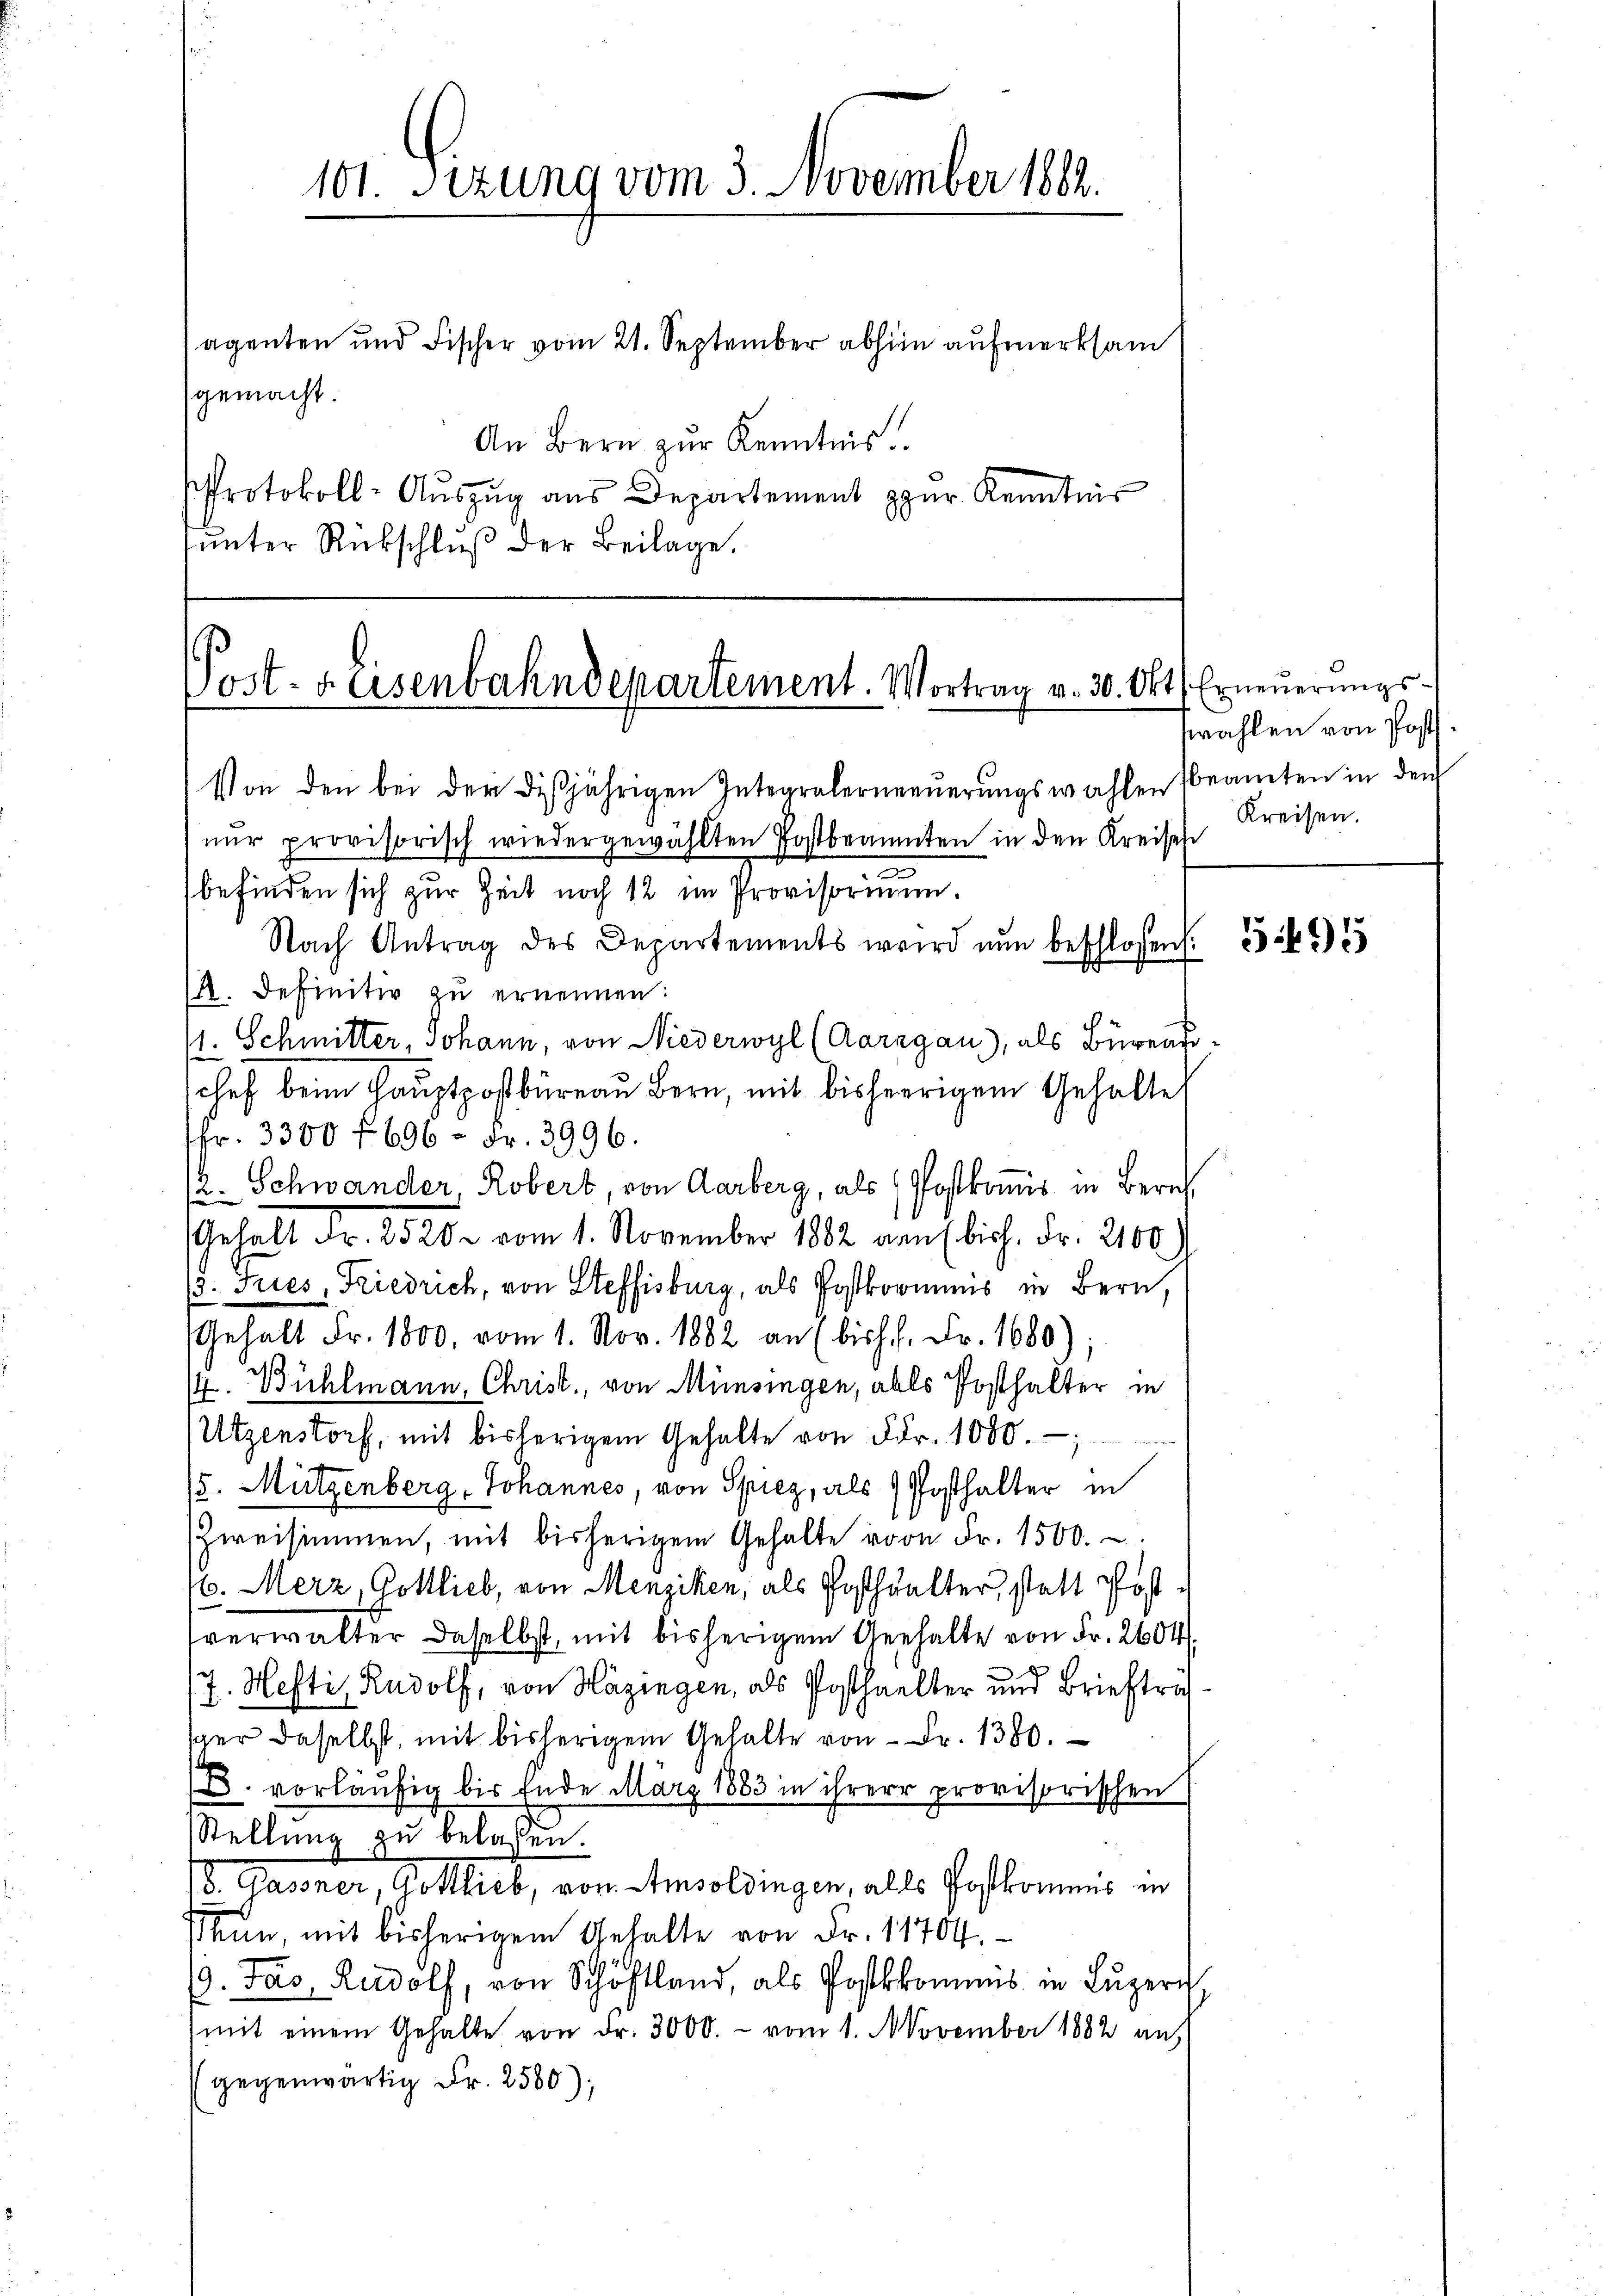
101. Sizung vom 3. November 1802.

agenten und Fischer vom 21. September abhin aufmerksam
gemacht.
An Bern zur Kenntnis.
Protokoll-Auszug aus Departement zur Kenntnis

unter Rückschluß der Beilage,

Post- u. Eisenbahndepartement. Vortrag v. 30. Okt. Erneuerungs¬
Von den bei der disjährigen Integralerneŭerŭngswahlen beamten in den

nŭr provisorisch wiedergewählten Postbrannten in den Kreisen
befinden sich zur Zeit noch 12 im Provisorium.
Nach Antrag des Departements wird nun beschlossens
12. Definitiv zu ernennen:
11. Schmitter, Johann, von Niederwyl (Aargau), als Büreau-
chef beim Hauptpostbüreau Bern, mit bisherigem Gehalte
fr. 3300 f. 696 = Fr. 3996.
/2. Schwander, Robert, von Aarberg, als Postkomis in Bern
Gehalt Fr. 2520. vom 1. November 1882 den (bisch. Fr. 2100.
13. Jues, Friedrich, von Steffisburg, als Postkommnis in Bern,
Gehalt Fr. 1800, vom 1. Nov. 1882 an (bish . Fr. 1680);
/4. Bühlmann, Christ, von Münsingen, als Posthalter in
Utzenstorf, mit bisherigem Gehalte von Fr. 1000.-,
15. Mützenberg, Johannes, von Spiez, als Posthalter in
Zweisimmen, mit bisherigem Gehalte von Fr. 1500.
16. Merz, Gottlieb, von Menziken, als Posthalter, statt Posttverwalter daselbst, mit bisherigem Gehalte von Fr. 2604
7. Hefti, Rudolf, von Häzingen, als Posthalter und Briefträ
ger daselbst, mit bisherigem Gehalte von Fr. 1380.
B. vorläufig bis Ende März 1883 in ihrer provisorischen
Stellung zu belassen.
d. Gassner, Gottlieb, von Ansoldingen, alls Postkommnis in
Thun, mit bisherigem Gehalte von Fr. 11704.
19. Das Rudolf, von Schöfl, als Postkommis in Lŭzern
(mit einem Gehalte von Fr. 3000. - vom 1. November 1882 auf
gegenwärtig Fr. 2500),

wahlen von Post
Kreisen.

595